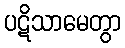
ပဋိသာမေတွာ